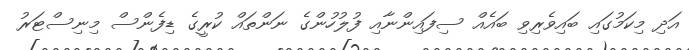
އަދި މިކަމުގައި ބައިވެރިވި ބައެއް ސިފައިންނާއި ފުލުހުންގެ ނަންތައް ކުރީގެ ޑިފެންސް މިނިސްޓަރު